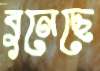
বুনেছে